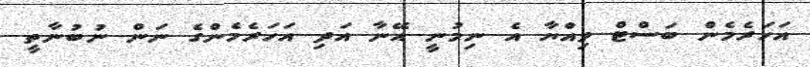
އަހަރެމެން ބަސްޓް ވިއްޔާ އެ ނިމުނީ އޭނާ އަދި އަހަރެމެންގެ ނަން ނުބުނާތީ